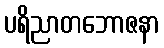
ပရိညာတဘောဇနာ